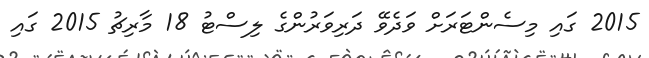
2015 ގައި މިސެންޓަރަށް ވަދެވޭ ދަރިވަރުންގެ ލިސްޓު 18 މާރިޗު 2015 ގައި